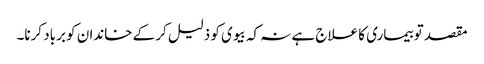
مقصد تو بیماری کا علاج ہے نہ کہ بیوی کو ذلیل کر کے خاندان کو برباد کرنا۔